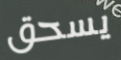
يسحق